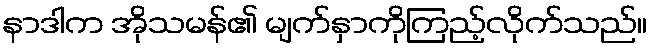
နာဒါက အိုသမန်၏ မျက်နှာကိုကြည့်လိုက်သည်။